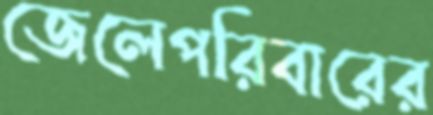
জেলেপরিবারের